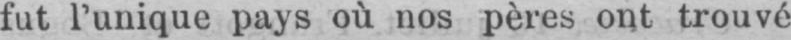
fut l’unique pays où nos pères ont trouvé